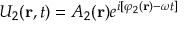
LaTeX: U _ { 2 } ( \mathbf { r } , t ) = A _ { 2 } ( \mathbf { r } ) e ^ { i [ \varphi _ { 2 } ( \mathbf { r } ) - \omega t ] }